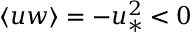
\langle u w \rangle = - u _ { \ast } ^ { 2 } < 0